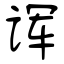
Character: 诨